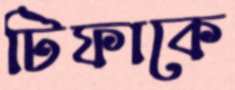
টিফাকে